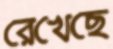
রেখেছে